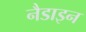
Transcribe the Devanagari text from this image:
नैडाइन